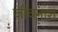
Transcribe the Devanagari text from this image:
जीवनांश